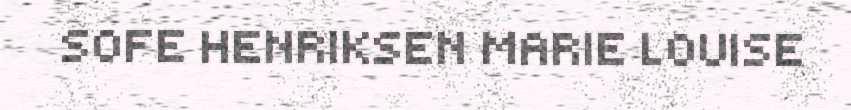
SOFE HENRIKSEN MARIE LOUISE